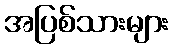
အပြစ်သားများ